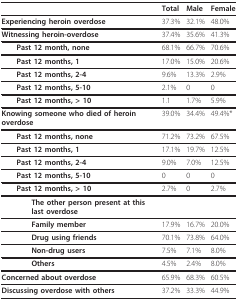
|  | Total | Male | Female |
 | --- | --- | --- | --- |
 | Experiencing heroin overdose | 37.3% | 32.1% | 48.0% |
 | Witnessing heroin-overdose | 37.4% | 35.6% | 41.3% |
 | Past 12 month, none | 68.1% | 66.7% | 70.6% |
 | Past 12 months, 1 | 17.0% | 15.0% | 20.6% |
 | Past 12 months, 2-4 | 9.6% | 13.3% | 2.9% |
 | Past 12 months, 5-10 | 2.1% | 0 | 0 |
 | Past 12 months, > 10 | 1.1 | 1.7% | 5.9% |
 | Knowing someone who died of heroin overdose | 39.0% | 34.4% | 49.4%* |
 | Past 12 months, none | 71.2% | 73.2% | 67.5% |
 | Past 12 months, 1 | 17.1% | 19.7% | 12.5% |
 | Past 12 months, 2-4 | 9.0% | 7.0% | 12.5% |
 | Past 12 months, 5-10 | 0 | 0 | 0 |
 | Past 12 months, > 10 | 2.7% | 0 | 2.7% |
 | The other person present at this last overdose |  |  |  |
 | Family member | 17.9% | 16.7% | 20.0% |
 | Drug using friends | 70.1% | 73.8% | 64.0% |
 | Non-drug users | 7.5% | 7.1% | 8.0% |
 | Others | 4.5% | 2.4% | 8.0% |
 | Concerned about overdose | 65.9% | 68.3% | 60.5% |
 | Discussing overdose with others | 37.2% | 33.3% | 44.9% |